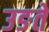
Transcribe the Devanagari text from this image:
उङते